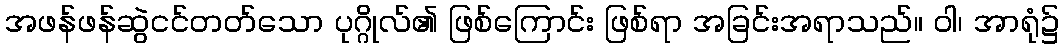
အဖန်ဖန်ဆွဲငင်တတ်သော ပုဂ္ဂိုလ်၏ ဖြစ်ကြောင်း ဖြစ်ရာ အခြင်းအရာသည်။ ဝါ၊ အာရုံ၌